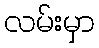
လမ်းမှာ